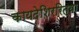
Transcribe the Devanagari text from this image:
कायदेशिररित्या